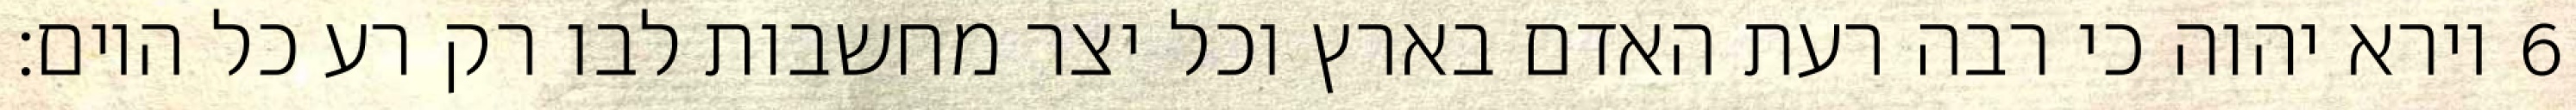
וירא יהוה כי רבה רעת האדם בארץ וכל יצר מחשבות לבו רק רע כל היום׃ ‎6‏